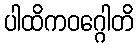
ပါထိကဝဂ္ဂေါတိ